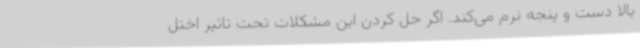
بالا دست و پنجه نرم می‌کند. اگر حل کردن این مشکلات تحت تاثیر اختل